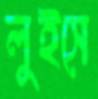
লুইসে